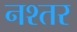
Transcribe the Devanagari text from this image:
नश्तर